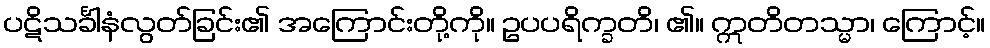
ပဋိသင်္ခါနံလွတ်ခြင်း၏ အကြောင်းတို့ကို။ ဥပပရိက္ခတိ၊ ၏။ ဣတိတသ္မာ၊ ကြောင့်။